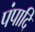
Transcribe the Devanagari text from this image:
पंपादि